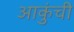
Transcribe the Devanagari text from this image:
आकुंची